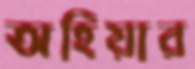
অহিয়ার